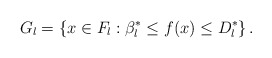
\begin{align*}G_{l}=\left\{ x\in F_{l}:\beta _{l}^{*}\leq f(x)\leq D_{l}^{*}\right\} .\end{align*}